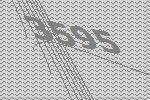
3595